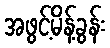
အဖွင့်မိန့်ခွန်း